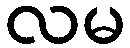
လမ